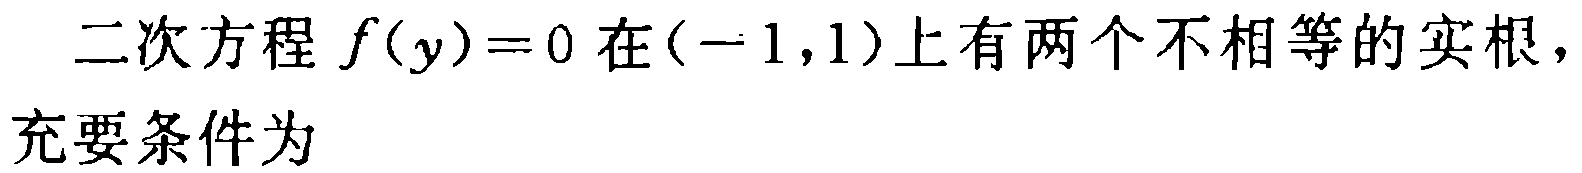
二次方程 \(f(y)=0\) 在\((-1,1)\)上有两个不相等的实根，充要条件为